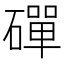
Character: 磾